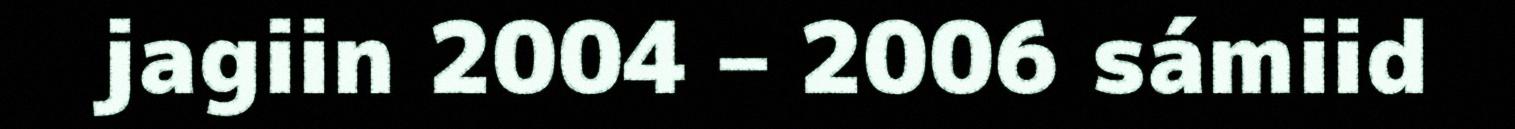
jagiin 2004 – 2006 sámiid